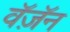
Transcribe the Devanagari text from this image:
वॅज़ॅन